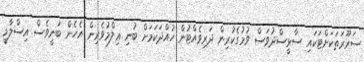
ޟަރޫރަތަކަށްޓަކައި ސާޅީސްދުވަސް ވުމުގެކުރިން ދަރިވެއްޓުން ހުއްދަކަމަށް ބުނި ޢިލްމުވެރިން އެހެން ބުނީވެސް އިސްލާމީ